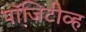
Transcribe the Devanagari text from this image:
पॉजिटीव्ह